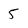
Character: 5